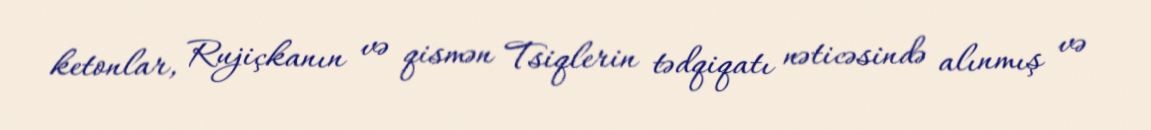
ketonlar, Rujiçkanın və qismən Tsiqlerin tədqiqatı nəticəsində alınmış və